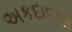
અકદાદમી